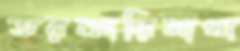
তরকারিমাখা